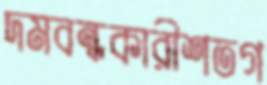
দমবন্ধকারীশতগ